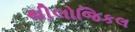
થીલોજિકલ